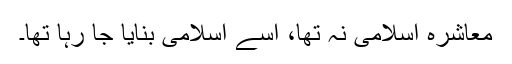
معاشرہ اسلامی نہ تھا، اسے اسلامی بنایا جا رہا تھا۔